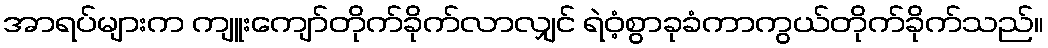
အာရပ်များက ကျူးကျော်တိုက်ခိုက်လာလျှင် ရဲဝံ့စွာခုခံကာကွယ်တိုက်ခိုက်သည်။